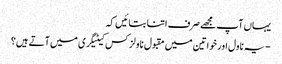
یہاں آپ مجھے صرف اتنا بتائیں کہ
-یہ ناول اور خواتین میں مقبول ناولز کس کیٹیگری میں آتے ہیں؟